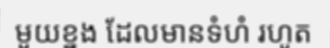
មួយខ្នង ដែលមានទំហំ រហូត